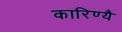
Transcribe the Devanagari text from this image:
कारिण्यै